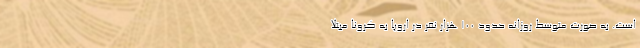
است. به صورت متوسط روزانه حدود 100 هزار نفر در اروپا به کرونا مبتلا